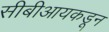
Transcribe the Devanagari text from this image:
सीबीआयकडून